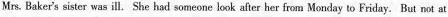
Mrs. Baker's sister was ill. She had someone look after her from Monday to Friday. But not at